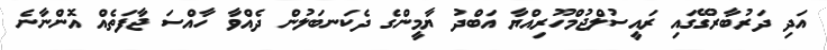
އަދި ދަރުބާރުގޭގައި ރައީސުލްޖުމްހޫރިއްޔާ އަބްދު ޔާމީންގެ ދެކަނބަލުން ދެއްވާ ހާއްސަ ޖާފަތެއް އޮންނާނެ